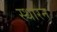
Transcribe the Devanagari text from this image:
स्थारन